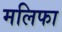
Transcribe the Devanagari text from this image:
मलिफा